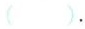
().